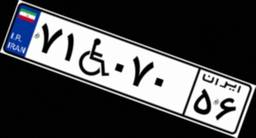
۷۱W۰۷۰۵۶